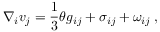
\nabla _ { i } v _ { j } = \frac { 1 } { 3 } \theta g _ { i j } + \sigma _ { i j } + { \omega } _ { i j } \; ,